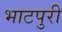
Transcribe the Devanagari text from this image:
भाटपुरी